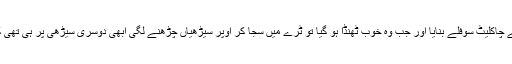
شام کو اس نے بہت محنت سے چاکلیٹ سوفلے بنایا اور جب وہ خوب ٹھنڈا ہو گیا تو ٹرے میں سجا کر اوپر سیڑھیاں چڑھنے لگی ابھی دوسری سیڑھی پر ہی تھی کہ آرزو نیچے آتی دکھائی دی۔